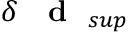
\delta \mathrm { ~ { ~ \bf ~ d ~ } ~ } _ { s u p }